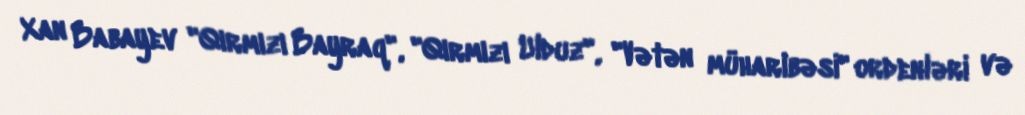
Xan Babayev "Qırmızı Bayraq", "Qırmızı Ulduz", "Vətən müharibəsi" ordenləri və